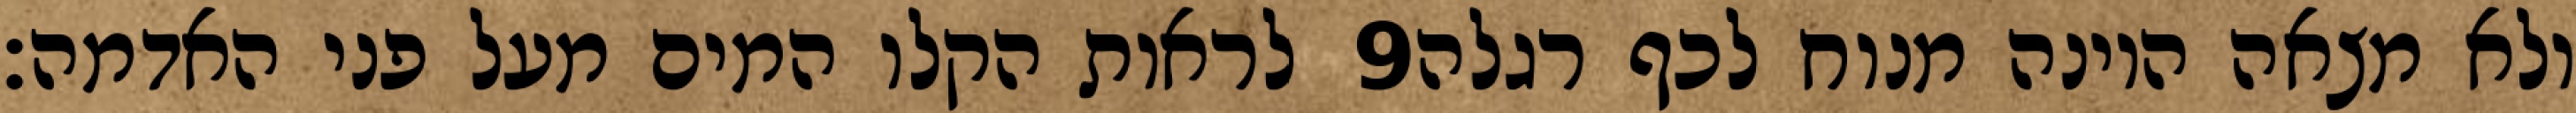
לראות הקלו המים מעל פני האדמה׃ ‎9‏ ולא מצאה היונה מנוח לכף רגלה